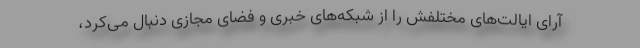
آرای ایالت‌های مختلفش را از شبکه‌های خبری و فضای مجازی دنبال می‌کرد،